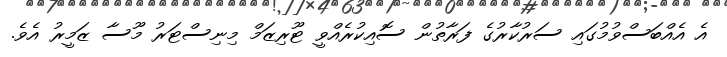
އެ އެއްބަސްވުމުގައި ސަރުކާރުގެ ފަރާތުން ސޮއިކުރެއްވީ ޓޫރިޒަމް މިނިސްޓަރު މޫސާ ޒަމީރު އެވެ.